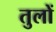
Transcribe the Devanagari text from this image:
तुलों